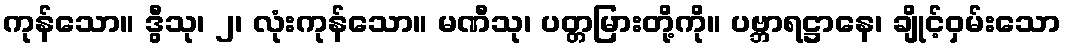
ကုန်သော။ ဒွီသု၊ ၂၊ လုံးကုန်သော။ မဏီသု၊ ပတ္တမြားတို့ကို။ ပဗ္ဘာရဋ္ဌာနေ၊ ချိုင့်ဝှမ်းသော